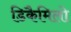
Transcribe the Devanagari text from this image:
डिकैमिलो